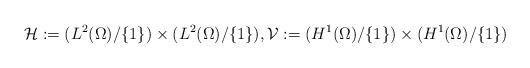
LaTeX: \begin{align*}\mathcal{H} := (L^{2}(\Omega)/\{1\}) \times (L^{2}(\Omega)/\{1\}), \mathcal{V} := (H^{1}(\Omega)/\{1\}) \times (H^{1}(\Omega)/\{1\}) \end{align*}